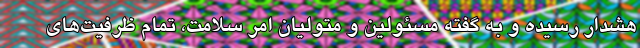
هشدار رسیده و به گفته مسئولین و متولیان امر سلامت، تمام ظرفیت‌های